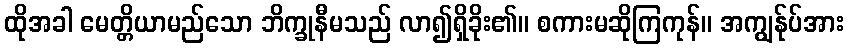
ထိုအခါ မေတ္တိယာမည်သော ဘိက္ခုနီမသည် လာ၍ရှိခိုး၏။ စကားမဆိုကြကုန်။ အကျွန်ုပ်အား